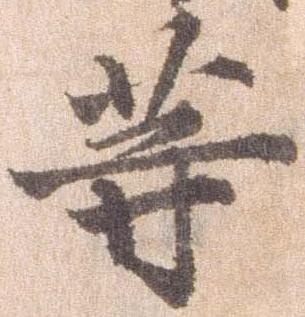
等